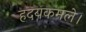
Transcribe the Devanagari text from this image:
हदयकमले।